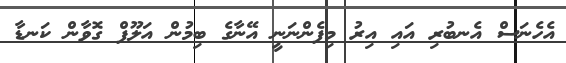
އެހެނަސް އެނބުރި އައި އިރު މިފެންނަނީ އޭނާގެ ބިމުން އަލޫފް ގޮވާން ކަނޑާ